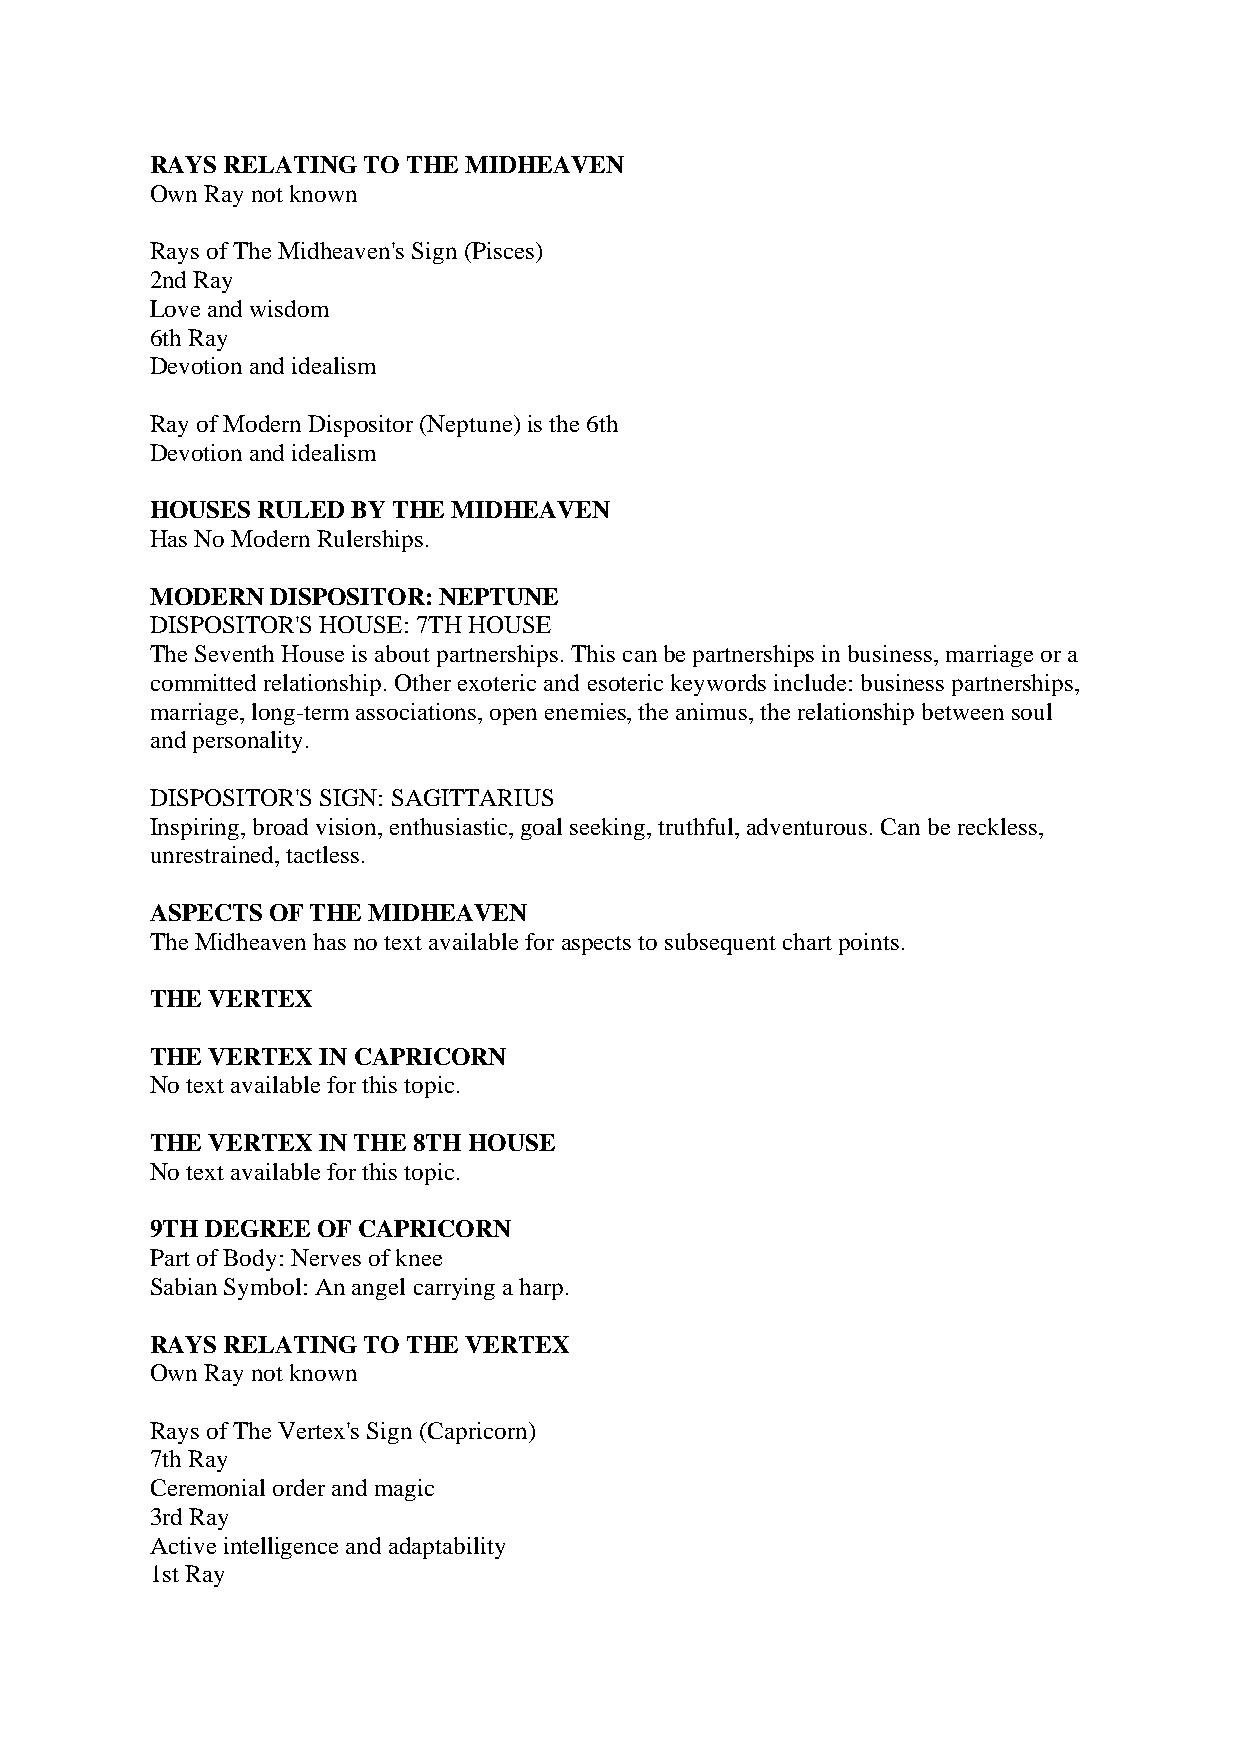
RAYS RELATING TO THE MIDHEAVEN
 Own Ray not known
 Rays of The Midheaven's Sign (Pisces)
 2nd Ray
 Love and wisdom
 6th Ray
 Devotion and idealism
 Ray of Modern Dispositor (Neptune) is the 6th
 Devotion and idealism
 HOUSES RULED BY THE MIDHEAVEN
 Has No Modern Rulerships.
 MODERN  DISPOSITOR: NEPTUNE
 DISPOSITOR'S HOUSE: 7TH HOUSE
 The Seventh House is about partnerships. This can be partnerships in business, marriage or a
 committed relationship. Other exoteric and esoteric keywords include: business partnerships,
 marriage, long-term associations, open enemies, the animus, the relationship between soul
 and personality.
 DISPOSITOR'S SIGN: SAGITTARIUS
 Inspiring, broad vision, enthusiastic, goal seeking, truthful, adventurous. Can be reckless,
 unrestrained, tactless.
 ASPECTS OF THE MIDHEAVEN
 The Midheaven has no text available for aspects to subsequent chart points.
 THE VERTEX
 THE VERTEX IN CAPRICORN
 No text available for this topic.
 THE VERTEX IN THE 8TH HOUSE
 No text available for this topic.
 9TH DEGREE OF CAPRICORN
 Part of Body: Nerves of knee
 Sabian Symbol: An angel carrying a harp.
 RAYS RELATING TO THE VERTEX
 Own Ray not known
 Rays of The Vertex's Sign (Capricorn)
 7th Ray
 Ceremonial order and magic
 3rd Ray
 Active intelligence and adaptability
 1st Ray